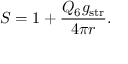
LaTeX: S = 1 + \frac { Q _ { 6 } g _ { \mathrm { s t r } } } { 4 \pi r } .